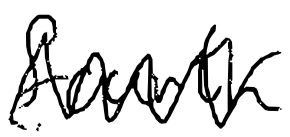
Text: fourth
Cross-out: zig-zag
Writing tool: digital_black